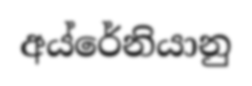
අය්රේනියානු